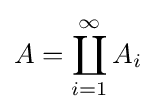
A=\coprod _{i=1}^{\infty }A_{i}